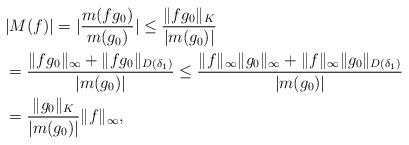
LaTeX: \begin{align*}&|M(f)| = |\frac{m(fg_0)}{m(g_0)}| \leq \frac{\|f g_0\|_K}{|m(g_0)|}\\& = \frac{\|f g_0\|_\infty + \|f g_0\|_{D(\delta_1)}}{|m(g_0)|} \leq \frac{\|f\|_\infty \|g_0\|_\infty + \|f\|_\infty \|g_0\|_{D(\delta_1)}}{|m(g_0)|}\\& = \frac{\|g_0\|_K}{|m(g_0)|} \|f\|_\infty,\end{align*}